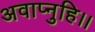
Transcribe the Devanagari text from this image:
अवाप्नुहि।।